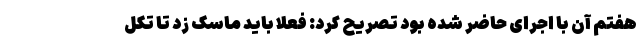
هفتم آن با اجرای حاضر شده بود تصریح کرد: فعلا باید ماسک زد تا تکل